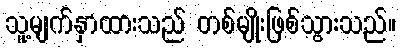
သူ့မျက်နှာထားသည် တစ်မျိုးဖြစ်သွားသည်။